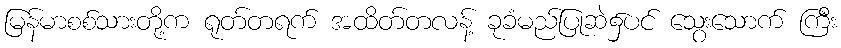
မြန်မာစစ်သားတို့က ရုတ်တရက် အထိတ်တလန့် ခုခံမည်ပြုဆဲ၌ပင် သွေးသောက် ကြီး